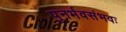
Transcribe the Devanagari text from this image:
पुनर्भवसंभवः